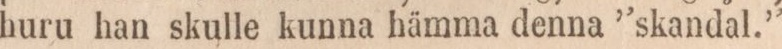
huru han skulle kunna hämma denna “skandal.”